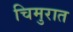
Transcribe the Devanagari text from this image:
चिमुरात